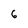
Character: 6